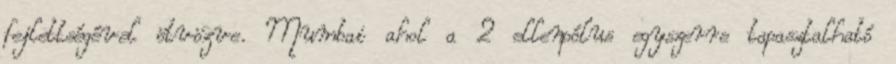
fejlettségével ötvözve. Mumbai ahol a 2 ellenpólus egyszerre tapasztalható